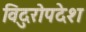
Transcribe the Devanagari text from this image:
विदुरोपदेश